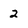
Character: 2